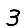
Digit: 3